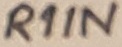
Text: R1IN